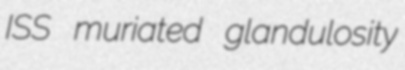
ISS muriated glandulosity